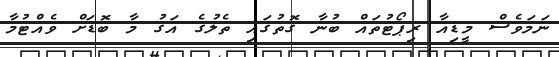
ނަމަވެސް މީޑިއާ ރިޕޯޓުތައް ބުނާ ގޮތުގައި ތެލުގެ އަގު މާ ބޮޑަށް ވެއްޓުމާ